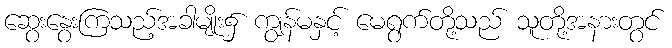
ဆွေးနွေးကြသည့်အခါမျိုး၌ ကျွန်မနှင့် မေရွက်တို့သည် သူတို့အနားတွင်